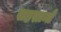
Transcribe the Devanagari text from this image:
सहस्रान्ते